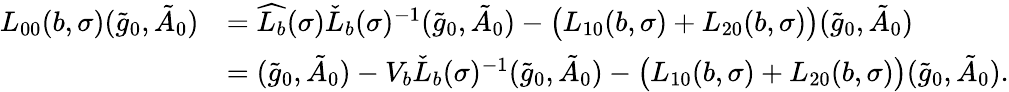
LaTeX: \begin{array}{rl}{L_{00}(b,\sigma)(\tilde{g}_{0},\tilde{A}_{0})}&{=\widehat{L_{b}}(\sigma)\check{L}_{b}(\sigma)^{-1}(\tilde{g}_{0},\tilde{A}_{0})-\big(L_{10}(b,\sigma)+L_{20}(b,\sigma)\big)(\tilde{g}_{0},\tilde{A}_{0})}\\ &{=(\tilde{g}_{0},\tilde{A}_{0})-V_{b}\check{L}_{b}(\sigma)^{-1}(\tilde{g}_{0},\tilde{A}_{0})-\big(L_{10}(b,\sigma)+L_{20}(b,\sigma)\big)(\tilde{g}_{0},\tilde{A}_{0}).}\end{array}